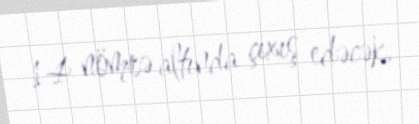
14 nömrə altında çıxış edəcək.